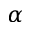
\alpha